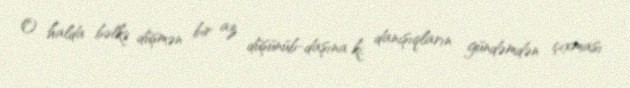
O halda bəlkə düşmən bir az düşünüb-daşına ki, danışıqların gündəmdən çıxması